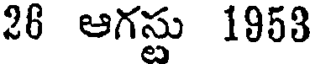
26 ఆగస్టు 1858